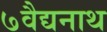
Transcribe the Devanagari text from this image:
७वैद्यनाथ